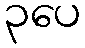
၃ပေ